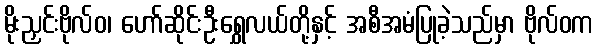
မိုးညှင်းဗိုလ်ဝ၊ ဟော်ဆိုင်းဦးရွှေလယ်တို့နှင့် အစီအမံပြုခဲ့သည်မှာ ဗိုလ်ဝက